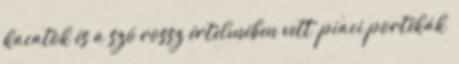
kacatok és a szó rossz értelmében vett „piaci portékák”